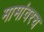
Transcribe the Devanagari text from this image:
मामांवरच